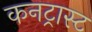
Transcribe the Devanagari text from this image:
कनट्रास्ट